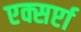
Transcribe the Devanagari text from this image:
एक्सर्प्टा